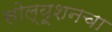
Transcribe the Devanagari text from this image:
सोल्यूशनचा